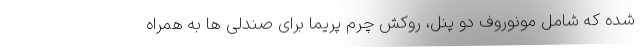
شده که شامل مونوروف دو پنل، روکش چرم پریما برای صندلی ها به همراه